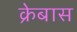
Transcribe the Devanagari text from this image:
क्रेबास